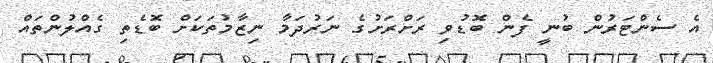
އެ ސެންޓަރުން ބުނީ ފެން ބޮޑުވި ރަށްރަށުގެ ނަރުދަމާ ނިޒާމުތަކަށް ބޮޑެތި ގެއްލުންތައް